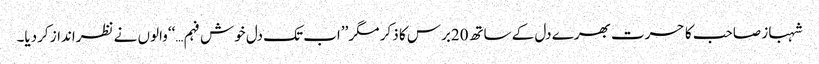
شہباز صاحب کا حسرت بھرے دل کے ساتھ20برس کا ذکر مگر ’’اب تک دل خوش فہم…‘‘والوں نے نظرانداز کردیا۔